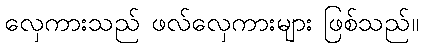
လှေကားသည် ဖလ်လှေကားများ ဖြစ်သည်။